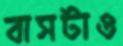
বাসটাও